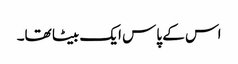
اس کے پاس ایک بیٹا تھا۔